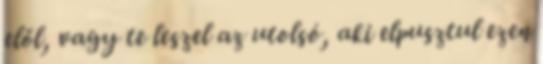
elől, vagy te leszel az utolsó, aki elpusztul ezen